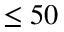
\leq 5 0